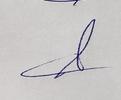
Signature authenticity: genuine